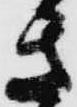
き